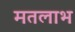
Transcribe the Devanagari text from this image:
मतलाभ